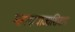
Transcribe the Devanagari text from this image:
महादरवाजाशिवाय